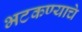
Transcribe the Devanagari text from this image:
भटकण्याचे